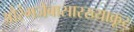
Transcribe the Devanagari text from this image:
औरंगजेबासारख्याक्रूर